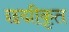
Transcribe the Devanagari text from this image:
छद्मीकृत